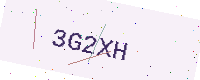
Text: 3G2XH